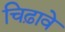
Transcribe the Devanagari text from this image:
चिढ़ावे